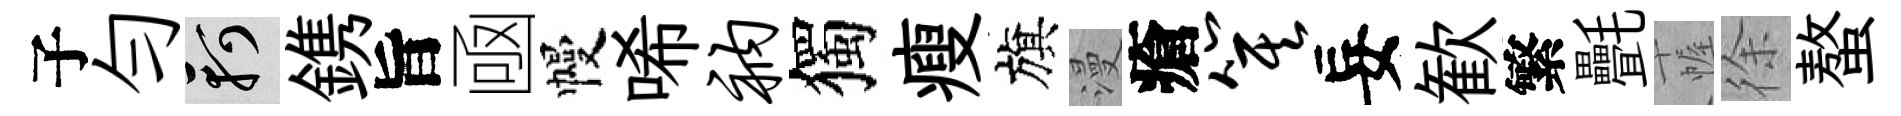
子勻軻鎸旨凾幔唏衲獨瘦旗漫瘡箕妄歓繁㲲幄徐螯